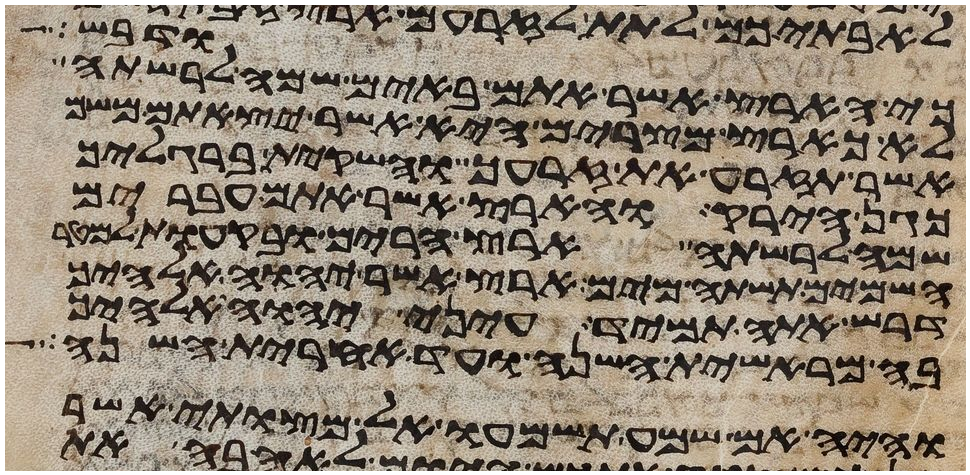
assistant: ודבש
כי הארץ אשר אתם באים שמה לרשתה
לא כארץ מצרים היא אשר יצאתם משם
אשר תזרע את זרעך והשקית ברגליך
כגן הירק והארץ אשר אתם עברים
שמה לרשתה ארץ הרים ובקעות למטר
השמים תשתה מים ארץ אשר יהוה אלהיך
דרש אתה תמיד עיני יהוה אלהיך
בה מראשית השנה ועד אחרית השנה
והיה אם שמע תשמעו אל מצותי אשר